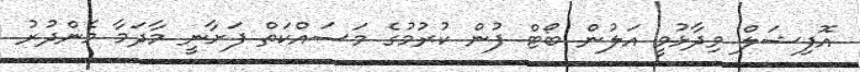
އޮފިޝަލް ވިދާޅުވީ އަލުން ބޯޓް ފުން ކުރުމުގެ މަަސައްކަތް ފަށާނީ މާދަމާ މެންދުރު